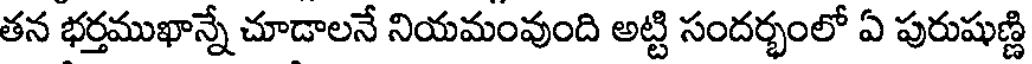
తన భర్తముఖాన్నే చూడాలనే నియమంవుంది అట్టి సందర్భంలో ఏ పురుషుణ్ణి